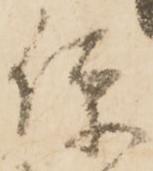
便